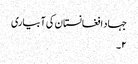
جہاد افغانستان کی آبیاری
۲۔